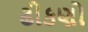
ઢીકણો